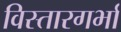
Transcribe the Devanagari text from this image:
विस्तारगर्भा